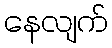
နေလျက်